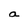
Character: a